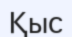
Қыс